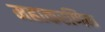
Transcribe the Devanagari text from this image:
महाकरणिक